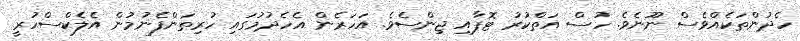
ހެދުންތަކެއްވެސް ނޫނެވެ. ހުސް އަތްކުރު ޓޮޕާއި ޖިންސެވެ. އަހަރެން އެހެދުމުގައި ހުރިތަންފެނުމުން އެލެކްސްހުރީ